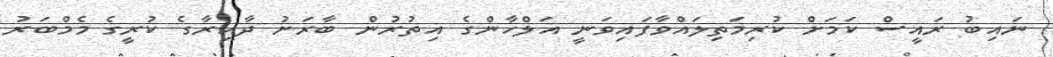
ނައިބު ރައީސް ކަމަށް ކުރިމަތިލައްވާފައިވަނީ އަލްހާންގެ އިތުރުން ބާރަށު ދާއިރާގެ ކުރީގެ މެމްބަރު